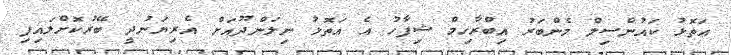
އަތޮޅު ކައުންސިލް މެންބަރު އިބްރާހިމް ޝިފާހު އެ އަތޮޅު ނިލަންދޫއަށް އެރިޔަނުދީ ބޭރުކޮށްލައިފި